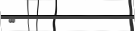
٩